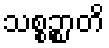
သစ္စဉ္စာတိ